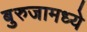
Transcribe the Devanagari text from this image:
बुरुजामध्ये